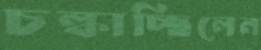
চল্‌কাচ্ছিলেন